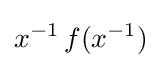
x^{-1}\,f(x^{-1})